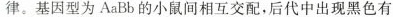
律。基因型为AaBb的小鼠间相互交配，后代中出现黑色有